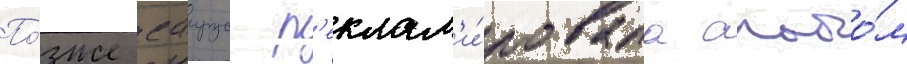
По́зже саирус р'еклам'и́ровала альбо́м